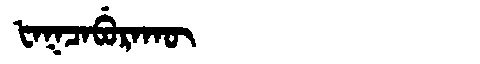
Manchu: ᡶᠠᡴᠴᠠᠪᡠᡵᠠᡴᡡ
Romanization: FAKCABURAKŪ